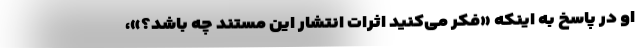
او در پاسخ به اینکه «فکر می‌کنید اثرات انتشار این مستند چه باشد؟»،